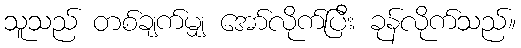
သူသည် တစ်ချက်မျှ အော်လိုက်ပြီး ခုန်လိုက်သည်။